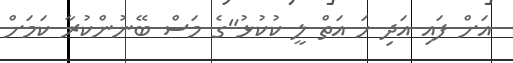
އަށް ފައި އަދި ހަ އަތް ލީ ކުކުޅު"ގެ މަސް ބޭނުންކުރާ ކަމަށް